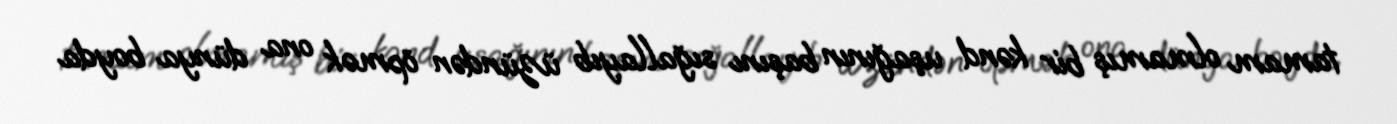
tamam olmamış bir kənd uşağının başını sığallayıb üzündən öpmək ona dünya boyda